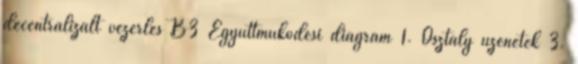
decentralizált vezérlés B3 Együttműködési diagram 1. Osztály üzenetek 3.